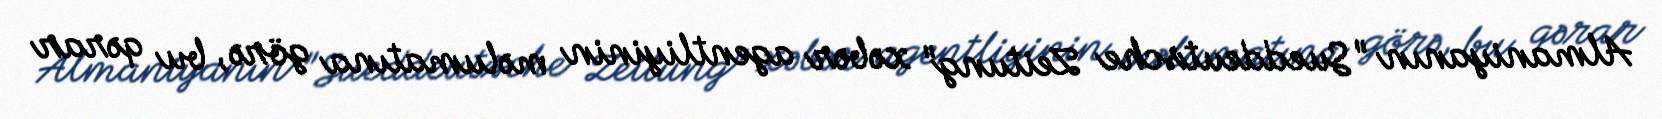
Almaniyanın "Sueddeutsche Zeitung" xəbər agentliyinin məlumatına görə, bu qərar